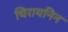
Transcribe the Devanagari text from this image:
चिरायनिन